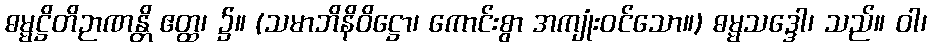
ဓမ္မဋ္ဌိတိဉာဏန္တိ ဧတ္ထ၊ ၌။ (သမာဘိနိဝိဋ္ဌော၊ ကောင်းစွာ အကျုံးဝင်သော။) ဓမ္မသဒ္ဒေါ၊ သည်။ ဝါ၊